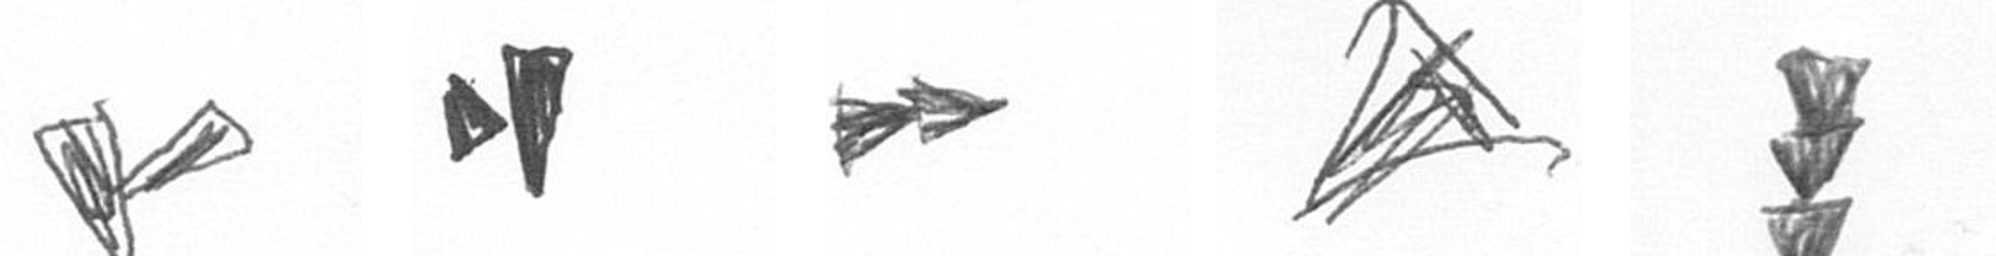
F M A O E